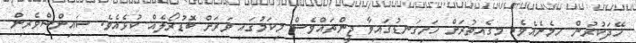
ހޭދަކުރުން ހިމެނެއެވެ. މީގެއިތުރަށް ހަށިގަނޑުގައިވާ ޖީންތައްވެސް މިކަމުގައި ވަރަށް ބޮޑުރޯލެއް ކުޅެއެވެ. ސައިންސްވެރިން